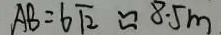
A B = 6 \sqrt { 2 } \approx 8 . 5 m